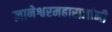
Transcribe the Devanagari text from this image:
ज्ञानेश्वरमहाराजांनी